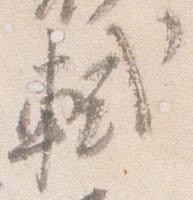
軾